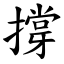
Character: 撐